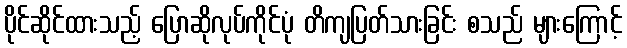
ပိုင်ဆိုင်ထားသည့် ပြောဆိုလုပ်ကိုင်ပုံ တိကျပြတ်သားခြင်း စသည် များကြောင့်